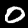
Digit: 0